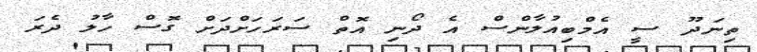
ތިނަދޫ ސީ އެމްބިއުލާންސް އެ ދޯނި އޮތް ސަރަހަށްދަށް ގޮސް ހާލު ދެރަ